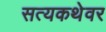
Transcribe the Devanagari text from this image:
सत्यकथेवर